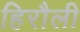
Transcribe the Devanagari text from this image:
हिरौली